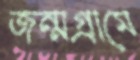
জন্মগ্রামে